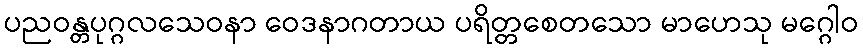
ပညဝန္တပုဂ္ဂလသေဝနာ ဝေဒနာဂတာယ ပရိတ္တစေတသော မာဟေသု မဂ္ဂေါဝ